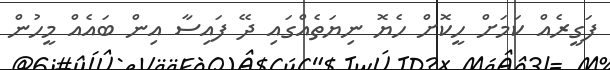
ފަގީރެއް ކަމަށް ހީކޮށް ހެޔޮ ނިޔަތެއްގައި ދޭ ފައިސާ އިން ބައެއް މީހުން